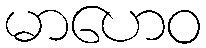
မာဟေဝ